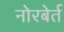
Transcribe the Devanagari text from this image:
नोरबेर्त